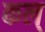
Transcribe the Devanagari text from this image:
कल्